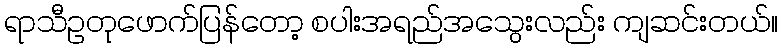
ရာသီဥတုဖောက်ပြန်တော့ စပါးအရည်အသွေးလည်း ကျဆင်းတယ်။